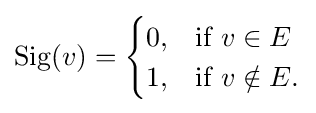
\operatorname {Sig} (v)={\begin{cases}0,&{\text{if }}v\in E\\1,&{\text{if }}v\notin E.\end{cases}}